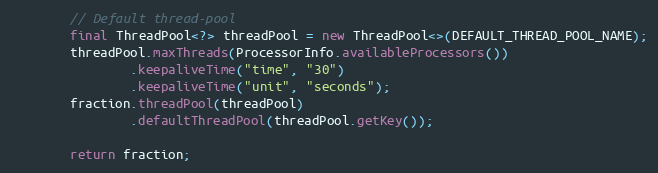
Language: Java
        // Default thread-pool
        final ThreadPool<?> threadPool = new ThreadPool<>(DEFAULT_THREAD_POOL_NAME);
        threadPool.maxThreads(ProcessorInfo.availableProcessors())
                .keepaliveTime("time", "30")
                .keepaliveTime("unit", "seconds");
        fraction.threadPool(threadPool)
                .defaultThreadPool(threadPool.getKey());

        return fraction;